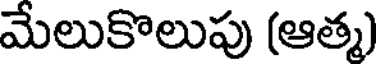
మేలుకొలుపు (ఆత్మ)